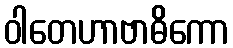
ဝါတေဟာဗာဓိကော